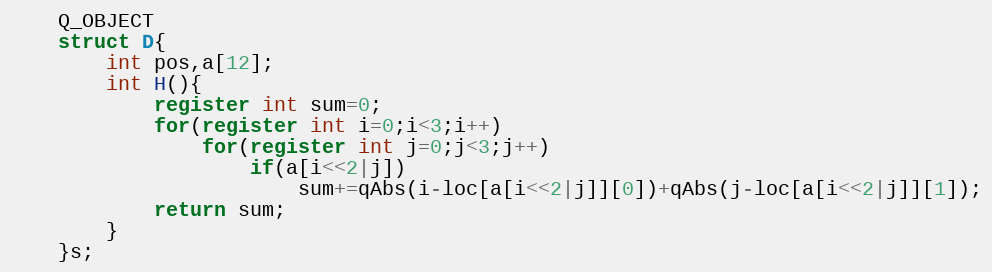
Language: C
    Q_OBJECT
    struct D{
        int pos,a[12];
        int H(){
            register int sum=0;
            for(register int i=0;i<3;i++)
                for(register int j=0;j<3;j++)
                    if(a[i<<2|j])
                        sum+=qAbs(i-loc[a[i<<2|j]][0])+qAbs(j-loc[a[i<<2|j]][1]);
            return sum;
        }
    }s;